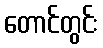
တောင်တွင်း